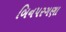
બિનપરગણા